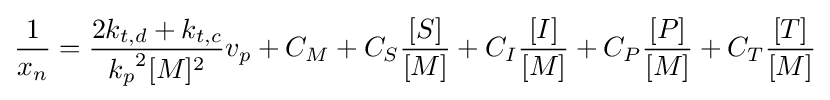
{\frac {1}{x_{n}}}={\frac {2k_{t,d}+k_{t,c}}{{k_{p}}^{2}[M]^{2}}}v_{p}+C_{M}+C_{S}{\frac {[S]}{[M]}}+C_{I}{\frac {[I]}{[M]}}+C_{P}{\frac {[P]}{[M]}}+C_{T}{\frac {[T]}{[M]}}